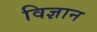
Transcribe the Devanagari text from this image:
विज्ञान